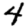
Digit: 4